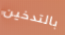
بالتدخين